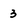
Character: 3